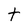
Character: t